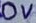
Text: 0V